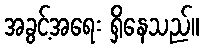
အခွင့်အရေး ရှိနေသည်။